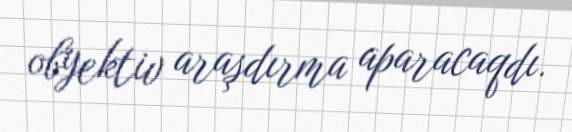
obyektiv araşdırma aparacaqdı.